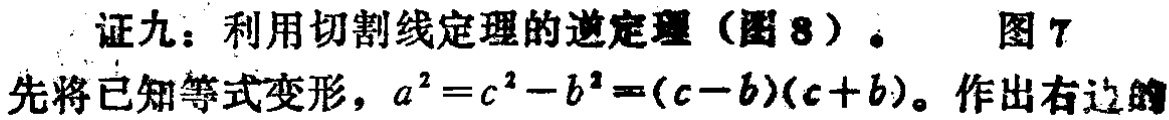
证九：利用切割线定理的逆定理（图 8）。 图 7

先将已知等式变形，\(a^{2}=c^{2}-b^{2}=(c - b)(c + b)\)。作出右边的